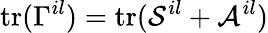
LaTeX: \mathrm{tr}(\Gamma^{il})=\mathrm{tr}({\cal S}^{il}+{\cal A}^{il})